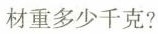
材重多少千克?